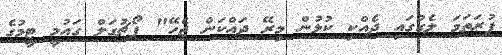
ފުރަތަމަ ލެގުގައި ދެއްކި ކުޅުން މިރޭ ދައްކަން ޖެހޭ" ޕޯޗުގަލް ގައުމީ ޓީމުގެ